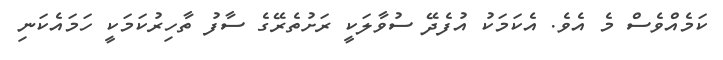
ކަމެއްވެސް މެ އެވެ. އެކަމަކު އުފެދޭ ސުވާލަކީ ރަށުތެރޭގެ ސާފު ތާހިރުކަމަކީ ހަމައެކަނި